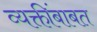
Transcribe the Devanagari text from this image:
व्यक्तींबाबत